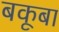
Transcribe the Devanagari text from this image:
बकूबा